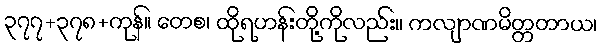
၃၇၇+၃၇၈+ကုန်။ တေစ၊ ထိုရဟန်းတို့ကိုလည်း။ ကလျာဏမိတ္တတာယ၊